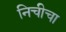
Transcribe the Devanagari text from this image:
निचीचा